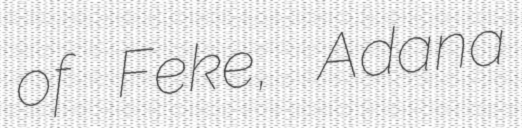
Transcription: of Feke, Adana